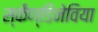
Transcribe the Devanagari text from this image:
स्कैण्डिनेविया